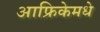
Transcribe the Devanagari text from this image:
आफ्रिकेमधे